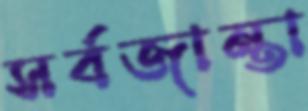
সর্বজান্তা